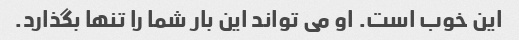
این خوب است. او می تواند این بار شما را تنها بگذارد.